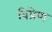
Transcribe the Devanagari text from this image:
विप्रेण